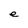
Character: e